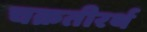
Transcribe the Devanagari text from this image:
चक्रतीरर्थ